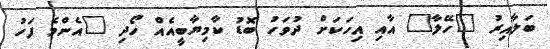
ބަލާއިރު "ހޭލާ" އާއި އިހަކަށް ދުވަހު ބޮޑު ކާމިޔާބީއެއް ހޯދި "އެންމެ ފަހު